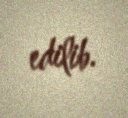
edilib.